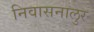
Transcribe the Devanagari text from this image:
निवासनालुर